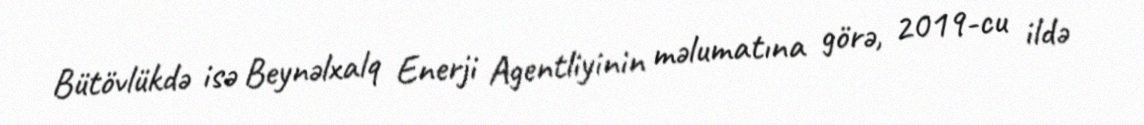
Bütövlükdə isə Beynəlxalq Enerji Agentliyinin məlumatına görə, 2019-cu ildə